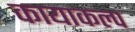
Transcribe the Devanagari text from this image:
कायाकल्‍प